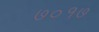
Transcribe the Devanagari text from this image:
७०१७